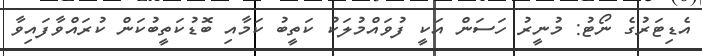
އެޑިޓަރުގެ ނޯޓު: މުނީރު ހަސަން އަކީ ފުވައްމުލަކު ކަތީބު ކަމާއި ބޮޑުކަތީބުކަން ކުރައްވާފައިވާ